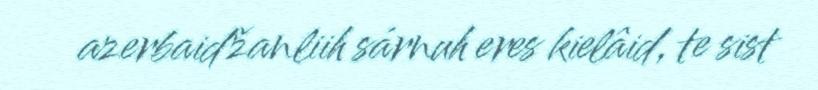
azerbaidžanliih sárnuh eres kielâid, te sist